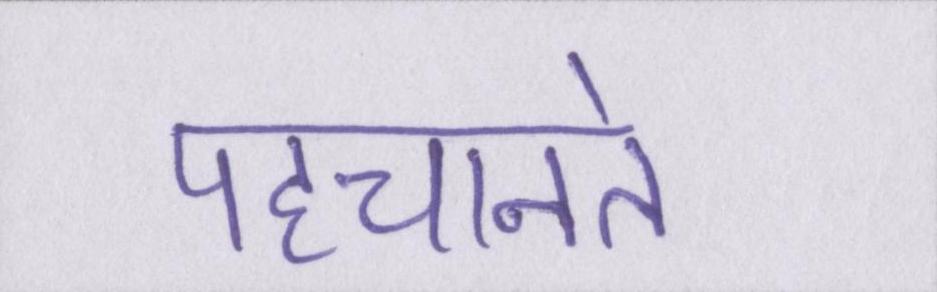
पहचानते